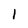
Character: l